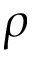
\rho